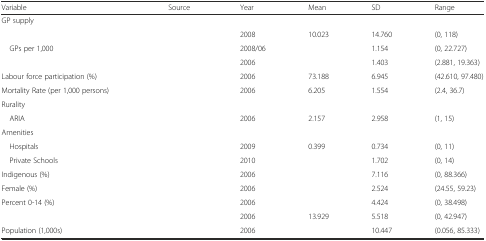
<table><thead><tr><td><b>Variable</b></td><td><b>Source</b></td><td><b>Year</b></td><td><b>Mean</b></td><td><b>SD</b></td><td><b>Range</b></td></tr></thead><tbody><tr><td colspan="6">GP supply</td></tr><tr><td>[EMPTY_CELL]</td><td>[EMPTY_CELL]</td><td>2008</td><td>10.023</td><td>14.760</td><td>(0, 118)</td></tr><tr><td> GPs per 1,000</td><td>[EMPTY_CELL]</td><td>2008/06</td><td>[EMPTY_CELL]</td><td>1.154</td><td>(0, 22.727)</td></tr><tr><td>[EMPTY_CELL]</td><td>[EMPTY_CELL]</td><td>2006</td><td>[EMPTY_CELL]</td><td>1.403</td><td>(2.881, 19.363)</td></tr><tr><td>Labour force participation (%)</td><td>[EMPTY_CELL]</td><td>2006</td><td>73.188</td><td>6.945</td><td>(42.610, 97.480)</td></tr><tr><td>Mortality Rate (per 1,000 persons)</td><td>[EMPTY_CELL]</td><td>2006</td><td>6.205</td><td>1.554</td><td>(2.4, 36.7)</td></tr><tr><td colspan="6">Rurality</td></tr><tr><td> ARIA</td><td>[EMPTY_CELL]</td><td>2006</td><td>2.157</td><td>2.958</td><td>(1, 15)</td></tr><tr><td colspan="6">Amenities</td></tr><tr><td> Hospitals</td><td>[EMPTY_CELL]</td><td>2009</td><td>0.399</td><td>0.734</td><td>(0, 11)</td></tr><tr><td> Private Schools</td><td>[EMPTY_CELL]</td><td>2010</td><td>[EMPTY_CELL]</td><td>1.702</td><td>(0, 14)</td></tr><tr><td>Indigenous (%)</td><td>[EMPTY_CELL]</td><td>2006</td><td>[EMPTY_CELL]</td><td>7.116</td><td>(0, 88.366)</td></tr><tr><td>Female (%)</td><td>[EMPTY_CELL]</td><td>2006</td><td>[EMPTY_CELL]</td><td>2.524</td><td>(24.55, 59.23)</td></tr><tr><td>Percent 0-14 (%)</td><td>[EMPTY_CELL]</td><td>2006</td><td>[EMPTY_CELL]</td><td>4.424</td><td>(0, 38.498)</td></tr><tr><td>[EMPTY_CELL]</td><td>[EMPTY_CELL]</td><td>2006</td><td>13.929</td><td>5.518</td><td>(0, 42.947)</td></tr><tr><td>Population (1,000s)</td><td>[EMPTY_CELL]</td><td>2006</td><td>[EMPTY_CELL]</td><td>10.447</td><td>(0.056, 85.333)</td></tr></tbody></table>